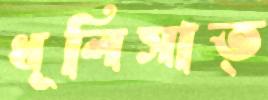
ধূলিসাত্